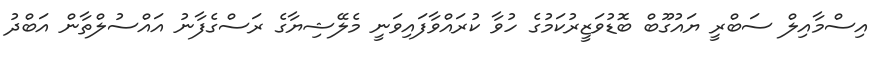
އިސްމާއިލް ސަބްރީ ޔައުގޫބް ބޮޑުވަޒީރުކަމުގެ ހުވާ ކުރައްވާފައިވަނީ މެލޭޝިޔާގެ ރަސްގެފާނު އައްސުލްތާން އަބްދު